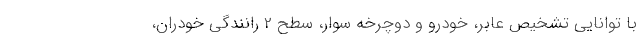
با توانایی تشخیص عابر، خودرو و دوچرخه سوار، سطح 2 رانندگی خودران،